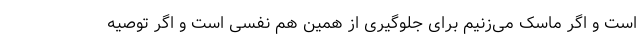
است و اگر ماسک می‌زنیم برای جلوگیری از همین هم نفسی است و اگر توصیه